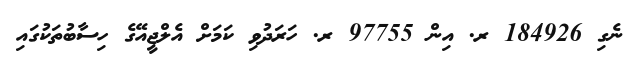
ނެގި 184926 ރ. އިން 97755 ރ. ހަރަދުވި ކަމަށް އެލްޖީއޭގެ ހިސާބުތަކުގައި